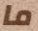
ما